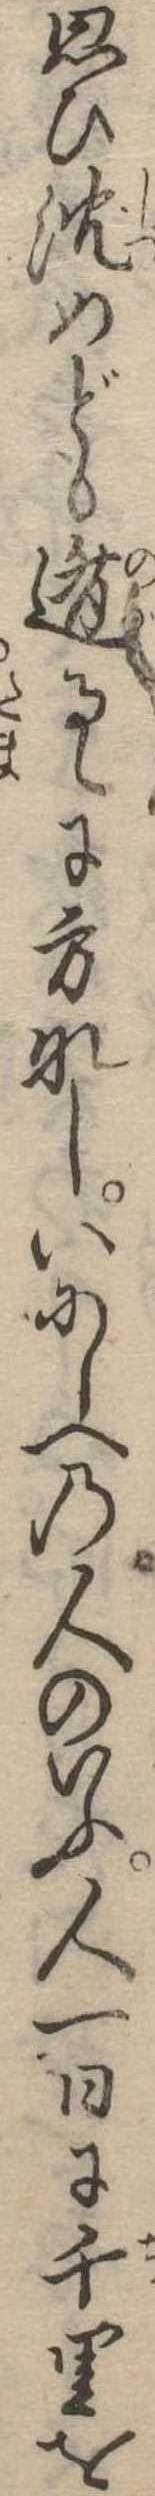
思ひ沈めども遁るゝに方なしいにしへの人のいふ人一日に千里を